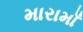
મારામાઁ